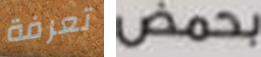
تعرفة بحمض